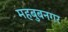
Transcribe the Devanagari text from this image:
महबुबनगर